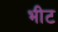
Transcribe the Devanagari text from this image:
भीट